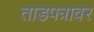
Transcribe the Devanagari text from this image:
ताडपत्रावर